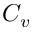
C _ { v }